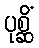
ပုစ္ဆိံ